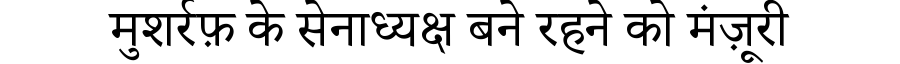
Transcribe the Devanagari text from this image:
मुशर्रफ़ के सेनाध्यक्ष बने रहने को मंज़ूरी